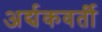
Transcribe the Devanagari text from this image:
अर्द्यकवर्ती